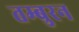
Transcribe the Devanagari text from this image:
तम्बुरन